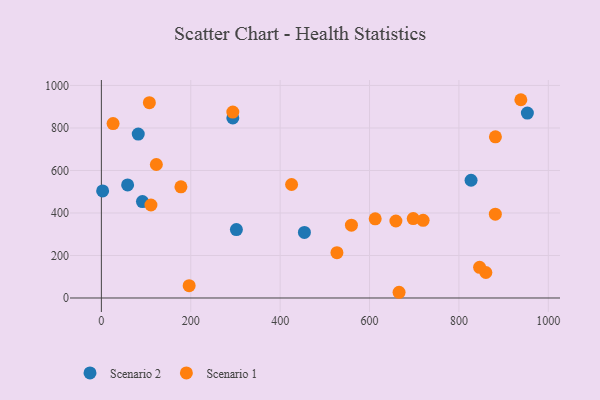
{"axis": {"x": "Engine Size", "y": "Rating"}, "legend": ["Scenario 1", "Scenario 2"], "data": [{"x": "2.8", "y": 503.6, "type": "Scenario 2"}, {"x": "454.3", "y": 308.4, "type": "Scenario 2"}, {"x": "82.5", "y": 771.1, "type": "Scenario 2"}, {"x": "953.2", "y": 870.2, "type": "Scenario 2"}, {"x": "302.1", "y": 322.1, "type": "Scenario 2"}, {"x": "827.2", "y": 554.0, "type": "Scenario 2"}, {"x": "58.7", "y": 532.1, "type": "Scenario 2"}, {"x": "294.1", "y": 847.4, "type": "Scenario 2"}, {"x": "91.9", "y": 453.6, "type": "Scenario 2"}, {"x": "938.6", "y": 932.9, "type": "Scenario 1"}, {"x": "26.2", "y": 820.6, "type": "Scenario 1"}, {"x": "123.0", "y": 628.2, "type": "Scenario 1"}, {"x": "110.9", "y": 437.6, "type": "Scenario 1"}, {"x": "860.3", "y": 119.9, "type": "Scenario 1"}, {"x": "196.4", "y": 58.1, "type": "Scenario 1"}, {"x": "846.3", "y": 144.1, "type": "Scenario 1"}, {"x": "178.0", "y": 523.2, "type": "Scenario 1"}, {"x": "107.4", "y": 918.8, "type": "Scenario 1"}, {"x": "559.5", "y": 342.5, "type": "Scenario 1"}, {"x": "612.7", "y": 372.6, "type": "Scenario 1"}, {"x": "659.0", "y": 362.3, "type": "Scenario 1"}, {"x": "719.9", "y": 365.4, "type": "Scenario 1"}, {"x": "527.1", "y": 213.0, "type": "Scenario 1"}, {"x": "881.5", "y": 394.2, "type": "Scenario 1"}, {"x": "425.6", "y": 534.0, "type": "Scenario 1"}, {"x": "294.1", "y": 874.6, "type": "Scenario 1"}, {"x": "697.8", "y": 373.5, "type": "Scenario 1"}, {"x": "881.7", "y": 758.4, "type": "Scenario 1"}, {"x": "666.1", "y": 26.9, "type": "Scenario 1"}]}